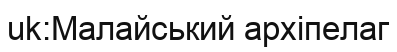
uk:Малайський архіпелаг